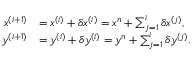
\begin{array} { r l } { \boldsymbol { x } ^ { ( i + 1 ) } } & { = \boldsymbol { x } ^ { ( i ) } + \delta \boldsymbol { x } ^ { ( i ) } = \boldsymbol { x } ^ { n } + \sum _ { j = 1 } ^ { i } \delta \boldsymbol { x } ^ { ( j ) } , } \\ { \boldsymbol { y } ^ { ( i + 1 ) } } & { = \boldsymbol { y } ^ { ( i ) } + \delta \boldsymbol { y } ^ { ( i ) } = \boldsymbol { y } ^ { n } + \sum _ { j = 1 } ^ { i } \delta \boldsymbol { y } ^ { ( j ) } . } \end{array}